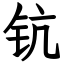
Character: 钪